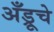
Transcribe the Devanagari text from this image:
अँड्रूचे